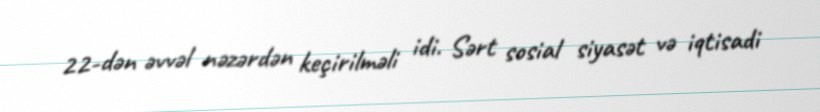
22-dən əvvəl nəzərdən keçirilməli idi. Sərt sosial siyasət və iqtisadi